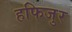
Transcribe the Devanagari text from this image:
हफिजुर